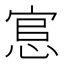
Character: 悹